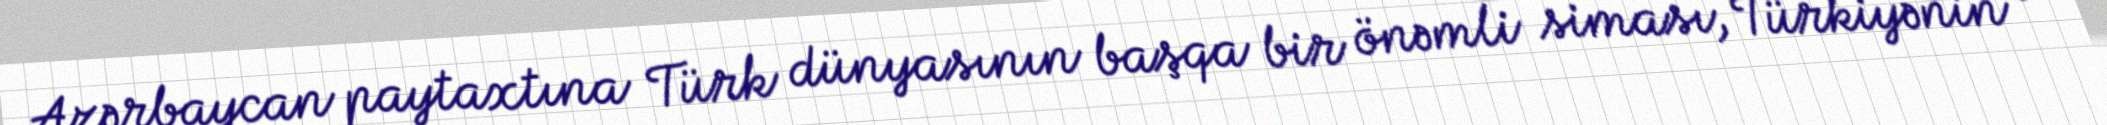
Azərbaycan paytaxtına Türk dünyasının başqa bir önəmli siması, Türkiyənin o